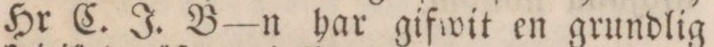
Hr C. J. B—n har gifwit en grundlig